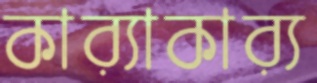
কার্যাকার্য